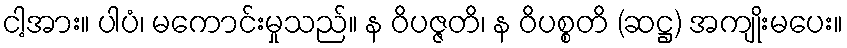
ငါ့အား။ ပါပံ၊ မကောင်းမှုသည်။ န ဝိပဇ္ဇတိ၊ န ဝိပစ္စတိ (ဆဋ္ဌ) အကျိုးမပေး။